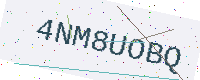
Text: 4NM8UOBQ